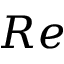
R e